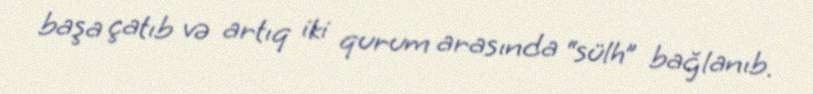
başa çatıb və artıq iki qurum arasında “sülh” bağlanıb.